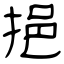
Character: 挹